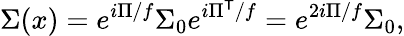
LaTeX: \Sigma(x)=e^{i\Pi/f}\Sigma_{0}e^{i\Pi^{\mathsf{T}}/f}=e^{2i\Pi/f}\Sigma_{0},